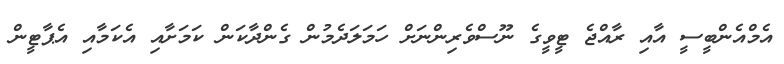
އެމްއެންބީސީ އާއި ރާއްޖެ ޓީވީގެ ނޫސްވެރިންނަށް ހަމަލަދެމުން ގެންދާކަން ކަމަށާއި އެކަމާއި އެޕާޓީން